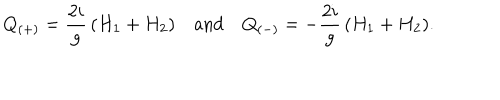
LaTeX: Q _ { ( + ) } = { \frac { 2 i } { g } } \, ( H _ { 1 } + H _ { 2 } ) \quad \mathrm { a n d } \quad Q _ { ( - ) } = - { \frac { 2 i } { g } } \, ( H _ { 1 } + H _ { 2 } ) .